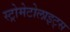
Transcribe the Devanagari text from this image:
स्ट्रोमेटोलाइट्स